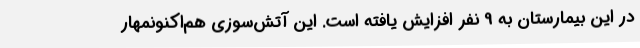
در این بیمارستان به 9 نفر افزایش یافته است. این آتش‌سوزی هم‌اکنونمهار